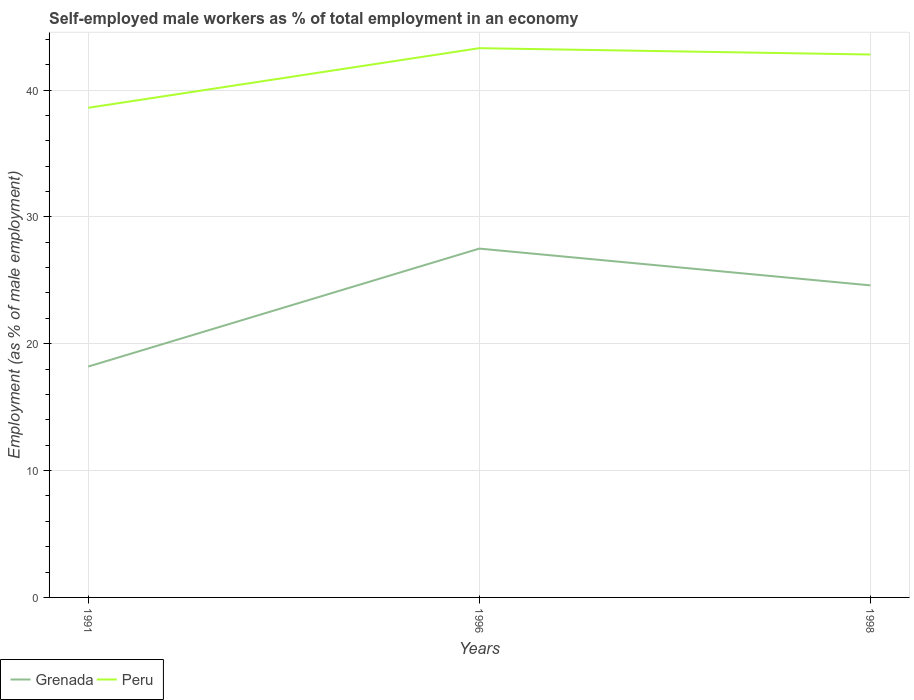
| Years | Grenada | Peru |
 | --- | --- | --- |
 | 1991 | 18.2 | 38.6 |
 | 1996 | 27.5 | 43.3 |
 | 1998 | 24.6 | 42.8 |